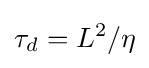
\tau _{d}=L^{2}/\eta